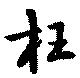
枉